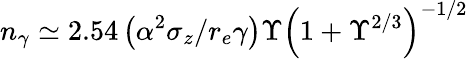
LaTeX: n_{\gamma}\simeq 2.54\left(\alpha^{2}\sigma_{z}/r_{e}\gamma\right)\Upsilon\left(1+\Upsilon^{2/3}\right)^{-1/2}